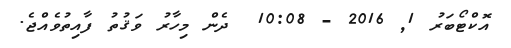
އޮކްޓޯބަރު 1